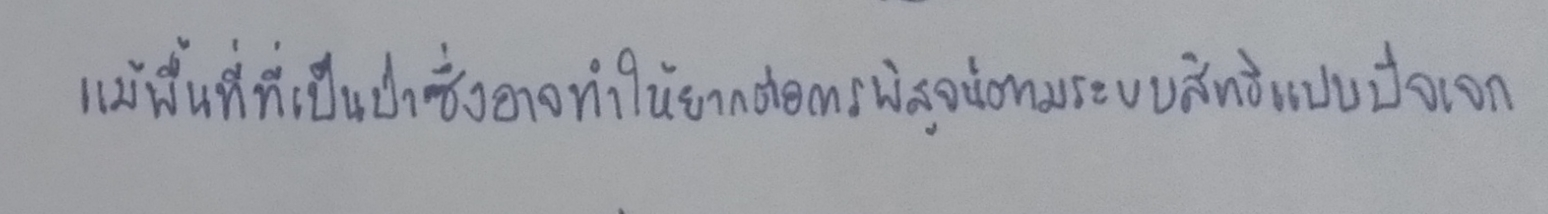
แม้พื้นที่ที่เป็นป่าซึ่งอาจทำให้ยากต่อการพิสูจน์ตามระบบสิทธิแบบปัจเจก